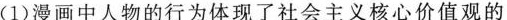
(1)漫画中人物的行为体现了社会主义核心价值观的